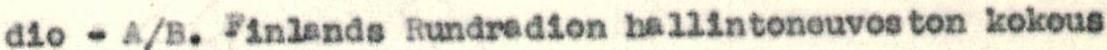
dio -A/B. Finlands Rundradion hallintoneuvoston kokous